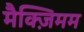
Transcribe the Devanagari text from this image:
मैक्ज़िमम